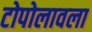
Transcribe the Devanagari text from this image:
टोपोलावला